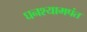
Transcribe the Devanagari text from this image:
घनश्यामपंत